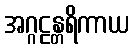
အဂ္ဂဠန္တရိကာယ